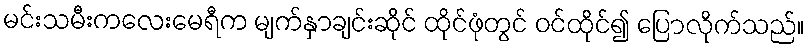
မင်းသမီးကလေးမေရီက မျက်နှာချင်းဆိုင် ထိုင်ဖုံတွင် ဝင်ထိုင်၍ ပြောလိုက်သည်။